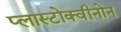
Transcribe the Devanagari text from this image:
प्लास्टोक्वीनोन